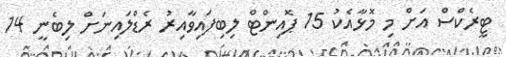
ޓީރެކްސް އަށް މި މޮޅާއެކު 15 ޕޮއިންޓް ލިބިފައިވާއިރު ރެޑްލައިނަށް ލިބެނީ 14